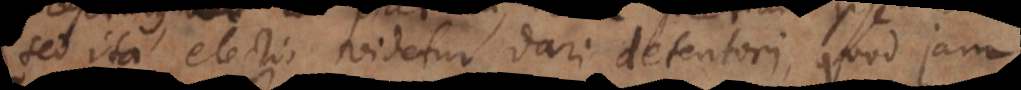
Sed ita electio videtur dari detentori, quod jam